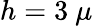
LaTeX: h=3~\mu